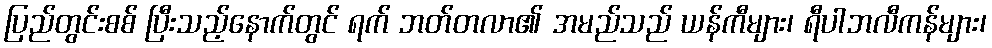
ပြည်တွင်းစစ် ပြီးသည့်နောက်တွင် ရက် ဘတ်တလာ၏ အမည်သည် ယန်ကီများ၊ ရီပါဘလီကန်များ၊